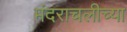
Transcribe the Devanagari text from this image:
मंदराचलीच्या